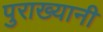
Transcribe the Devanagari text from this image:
पुराख्यानी